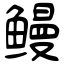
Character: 鳗